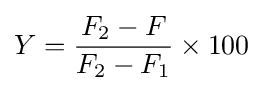
Y={\frac {F_{2}-F}{F_{2}-F_{1}}}\times 100